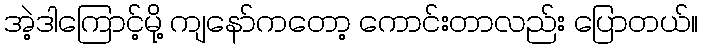
အဲ့ဒါကြောင့်မို့ ကျနော်ကတော့ ကောင်းတာလည်း ပြောတယ်။